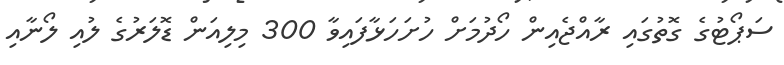
ސަޕޯޓުގެ ގޮތުގައި ރާއްޖެއިން ހޯދުމަށް ހުށަހަޅާފައިވާ 300 މިލިއަން ޑޮލަރުގެ ލުއި ލޯނާއި